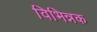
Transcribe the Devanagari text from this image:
विभिन्नक